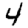
Digit: 4